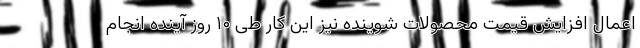
اعمال افزایش قیمت محصولات شوینده نیز این کار طی ۱۰ روز آینده انجام